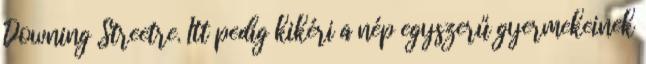
Downing Streetre. Itt pedig kikéri a nép egyszerű gyermekeinek